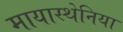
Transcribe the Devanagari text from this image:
मायास्थेनिया